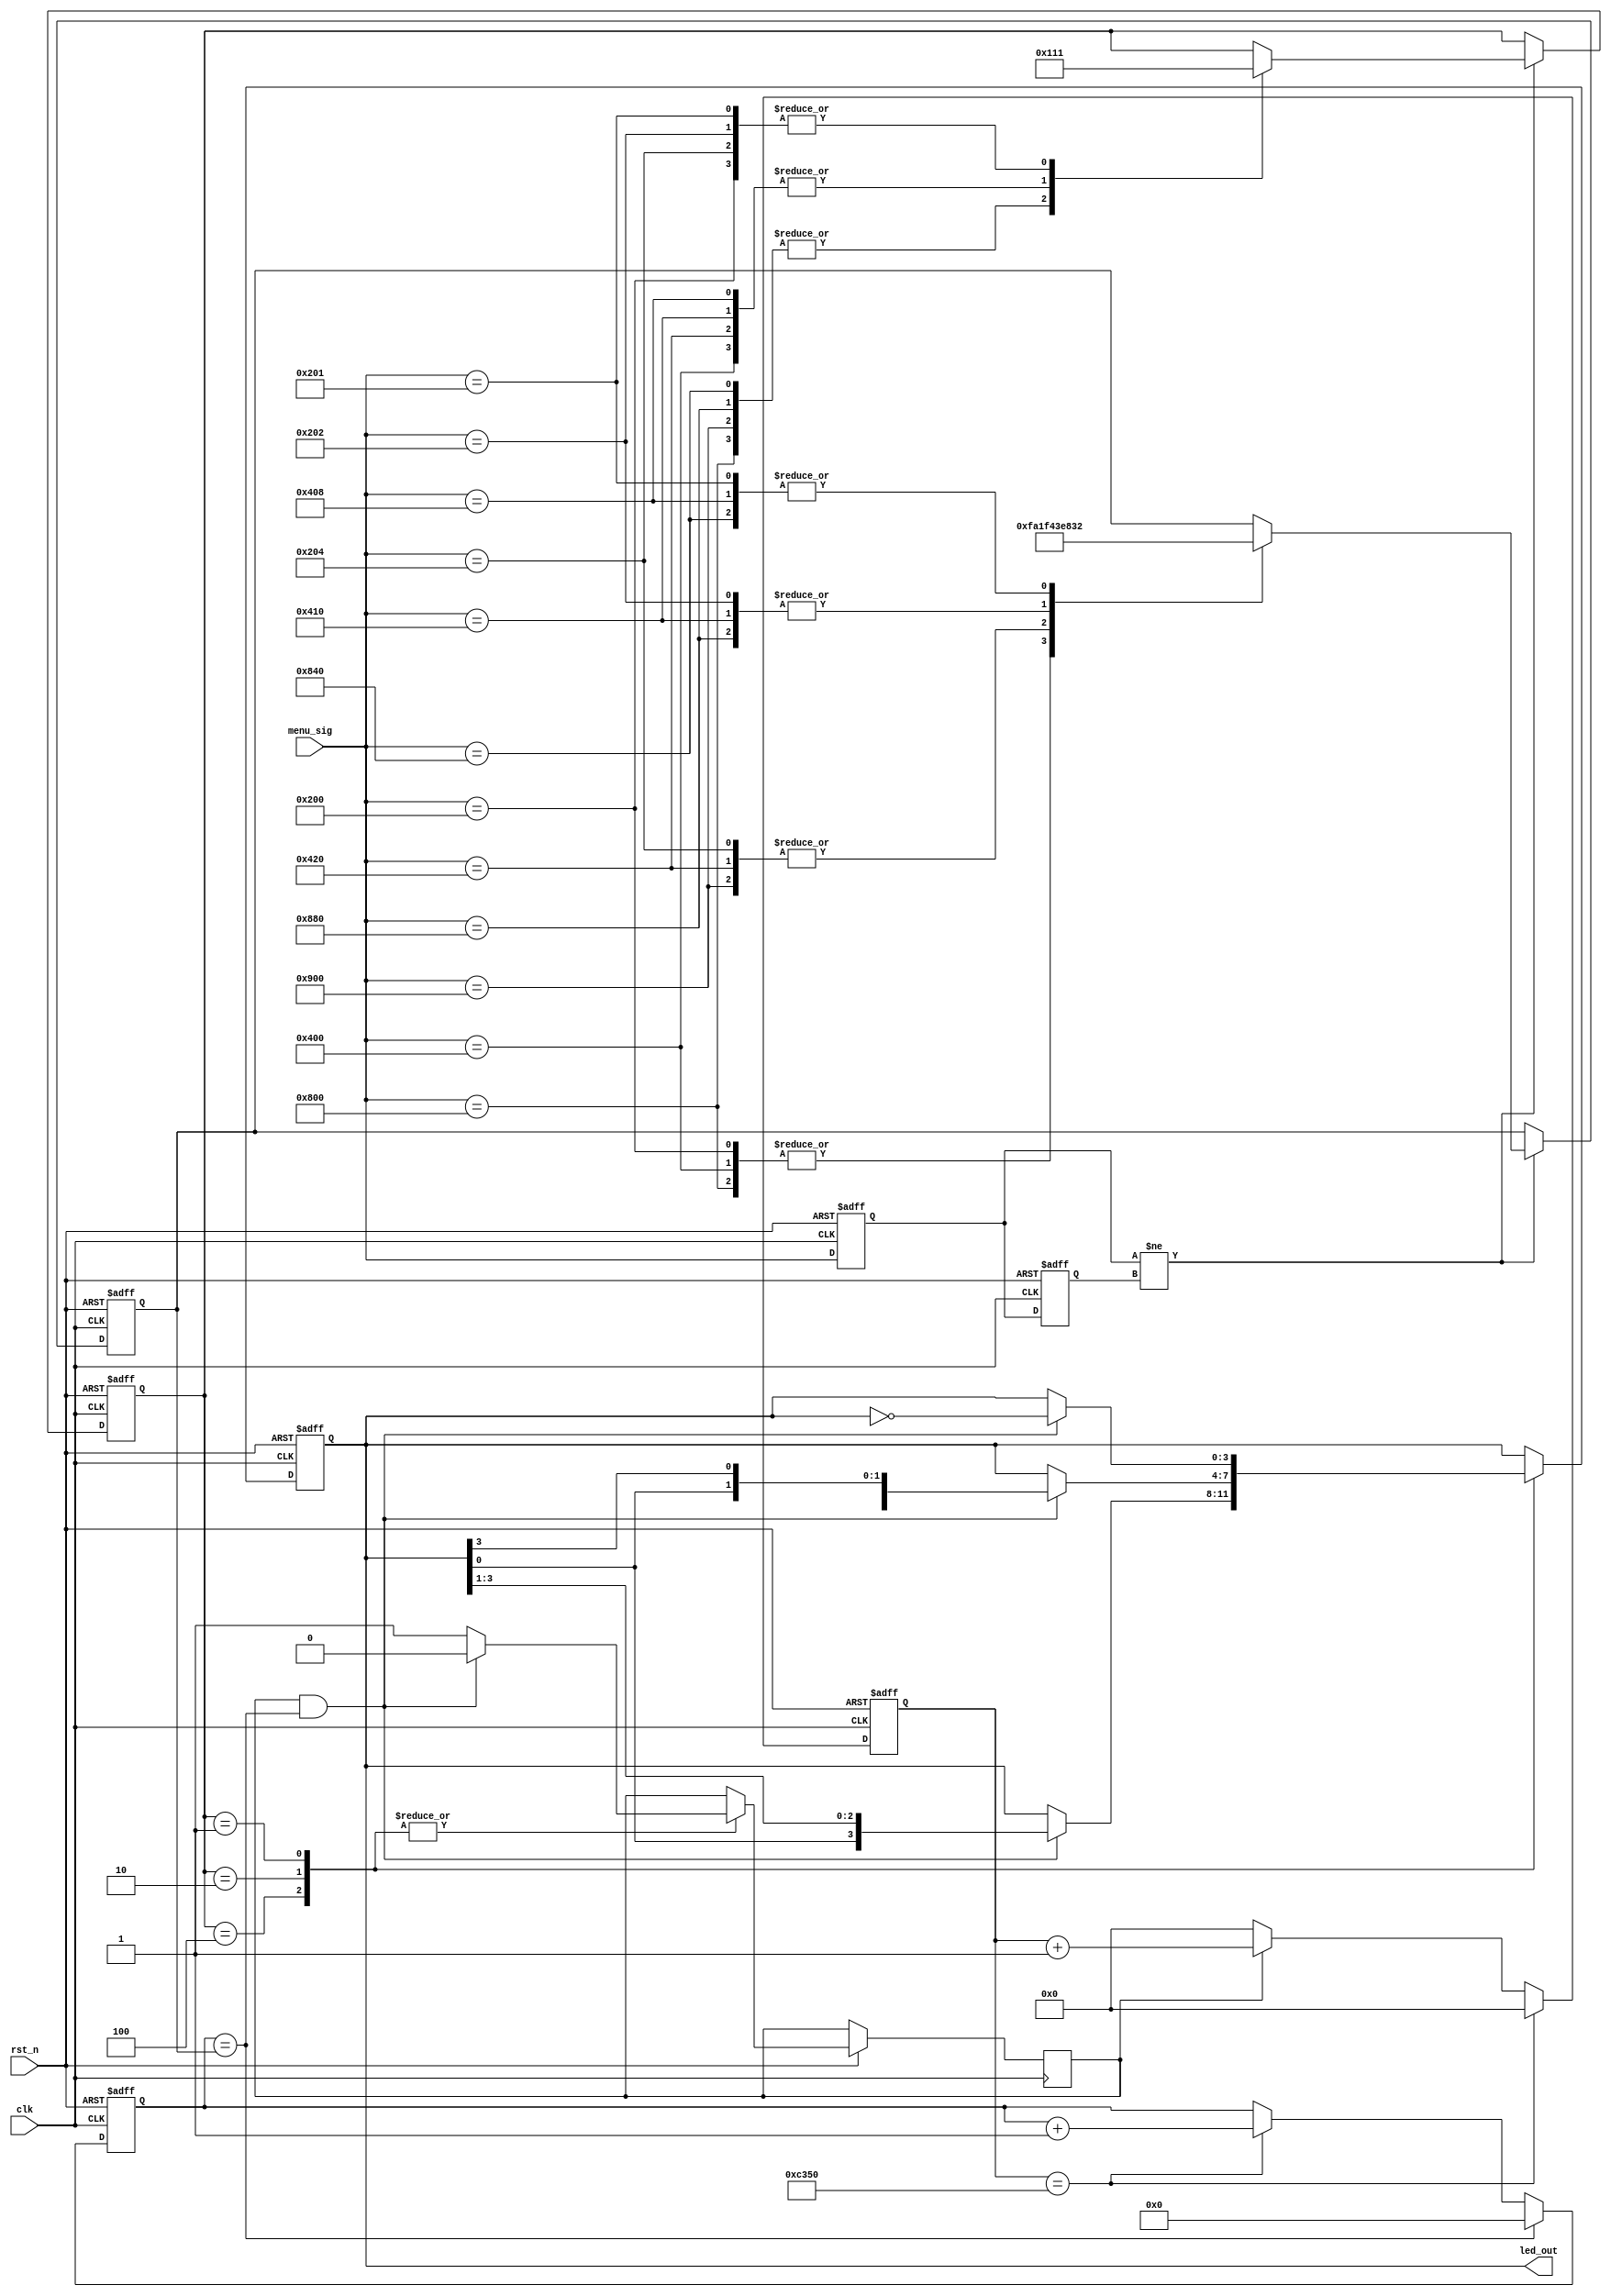
module led_gui_control
(
    input clk,
    input rst_n,
    
    input [11:0] menu_sig,
    output [3:0] led_out
);


    parameter T1MS = 16'd50_000;
    
    reg [15:0] count;
    reg isCount;
    
    always @(posedge clk or negedge rst_n)
    begin
        if(~rst_n)
            count <= 16'd0;
        else if(count == T1MS)
            count <= 16'd0;
        else if(isCount)
            count <= count + 1'b1;
        else
            count <= 16'd0;
    end
    
    
    reg [9:0] count_MS;
    reg [9:0] rTime;
    
    always @(posedge clk or negedge rst_n)
    begin
        if(!rst_n)
            count_MS <= 10'd0;
        else if(count_MS == rTime)
            count_MS <= 10'd0;
        else if(count == T1MS)
            count_MS <= count_MS + 1'b1;
    end
    
    /*****************************************/
    
    
    reg [11:0] f1_sig;
    reg [11:0] f2_sig;
    
    always @(posedge clk or negedge rst_n)
    begin
        if(~rst_n)
        begin
            f1_sig <= 12'd0;
            f2_sig <= 12'd0;
        end
        else
        begin
        
            f1_sig <= menu_sig;
            f2_sig <= f1_sig;
        end
    end
    
    
    
    reg [2:0] mode;
    
    always @(posedge clk or negedge rst_n)
    begin
        if(~rst_n)
        begin
            mode <= 3'b100;
            rTime <= 10'h3ff;
        end
        else if(f1_sig != f2_sig)
        begin
            case(menu_sig)
            
            12'b100_000_000_000 : begin mode <= 3'b100; rTime <= 1000; end
            12'b010_000_000_000 : begin mode <= 3'b010; rTime <= 1000; end
            12'b001_000_000_000 : begin mode <= 3'b001; rTime <= 1000; end
            
            12'b100_100_000_000 : begin mode <= 3'b100; rTime <= 500; end
            12'b100_010_000_000 : begin mode <= 3'b100; rTime <= 250; end
            12'b100_001_000_000 : begin mode <= 3'b100; rTime <= 50; end
            
            12'b010_000_100_000 : begin mode <= 3'b010; rTime <= 500; end
            12'b010_000_010_000 : begin mode <= 3'b010; rTime <= 250; end
            12'b010_000_001_000 : begin mode <= 3'b010; rTime <= 50; end
            
            12'b001_000_000_100 : begin mode <= 3'b001; rTime <= 500; end
            12'b001_000_000_010 : begin mode <= 3'b001; rTime <= 250; end
            12'b001_000_000_001 : begin mode <= 3'b001; rTime <= 50; end
            
            endcase
        end
    end
    
    /*****************************************/
    
    reg [3:0] rLED;
    
    always @(posedge clk or negedge rst_n)
    begin
        if(~rst_n)
            rLED <= 4'b1000;
        else
        begin
            case(mode)
            
                3'b100:
                if(isCount && count_MS == rTime)
                begin
                    isCount <= 1'b0;
                    rLED <= {rLED[0], rLED[3:1]}; //
                end
                else
                    isCount <= 1'b1;
                
                3'b010:
                if(isCount && count_MS == rTime)
                begin
                    isCount <= 1'b0;
                    rLED <= {rLED[2:0], rLED[3]}; //
                end
                else
                    isCount <= 1'b1;
                
                3'b001:
                if(isCount && count_MS == rTime)
                begin
                    isCount <= 1'b0;
                    rLED <= ~rLED; //
                end
                else
                    isCount <= 1'b1;
                    
            endcase
        end
    end
    
    
    assign led_out = rLED;

endmodule